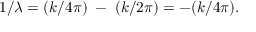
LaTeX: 1 / \lambda = ( k / 4 \pi ) \; - \; ( k / 2 \pi ) = - ( k / 4 \pi ) .